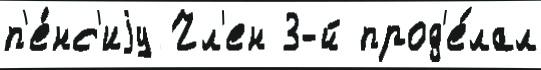
п'е́нс'иjу Чл'ен 3-й прод'е́лал